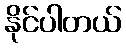
နိုင်ပါတယ်